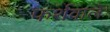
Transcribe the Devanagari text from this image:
फर्शवाले